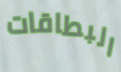
البطاقات